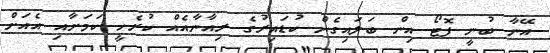
އޭނާ ބުނީ ފޮޓޯ އިން ބަލައިގެން ކުޑައިރުގެ ރިއާނާއެއް ކުރެހީ ކަމަށާއި އެއަށް